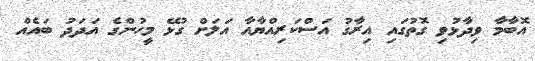
އޮބާމާ ވިދާޅުވި ގޮތުގައި އިރާގު އަސްކަރިއްޔާއާ އަލަށް ގުޅޭ މީހުންގެ އަދަދު ބައެއް